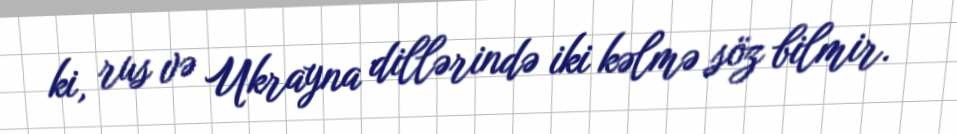
ki, rus və Ukrayna dillərində iki kəlmə söz bilmir.